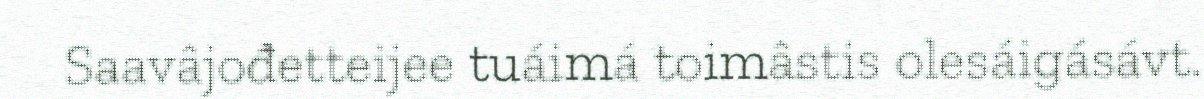
Saavâjođetteijee tuáimá toimâstis olesáigásávt.